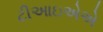
ટીઆઇએએ